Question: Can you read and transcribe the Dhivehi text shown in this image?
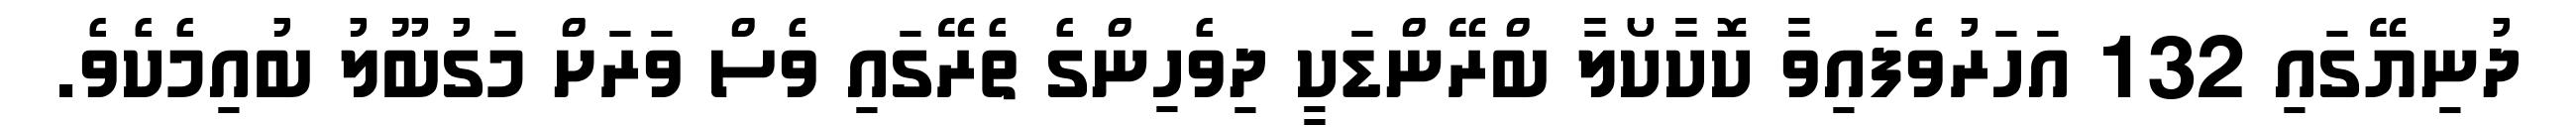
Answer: ދުނިޔޭގައި 132 އަހަރުވެފައިވާ ކޮކާކޯލާ ބްރޭންޑަކީ ދިވެހިންގެ ތެރޭގައި ވެސް ވަރަށް މަގުބޫލު ބުއިމެކެވެ.